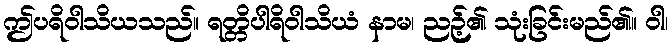
ဤပရိဝါသိယသည်။ ရတ္တိပါရိဝါသိယံ နာမ၊ ညဉ့်၏ သုံးခြင်းမည်၏။ ဝါ၊